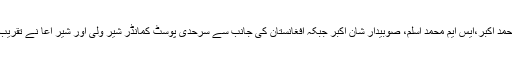
پاکستان کی جانب سے لیفٹیننٹ کرنل محمد اکبر،ایس ایم محمد اسلم، صوبیدار شان اکبر جبکہ افغانستان کی جانب سے سرحدی پوسٹ کمانڈر شیر ولی اور شیر آعا نے تقریب میں اپنے اپنے ملک کی نمائندگی کی۔